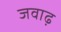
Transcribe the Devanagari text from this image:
जवाढ़